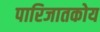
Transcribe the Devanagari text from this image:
पारिजातकोय